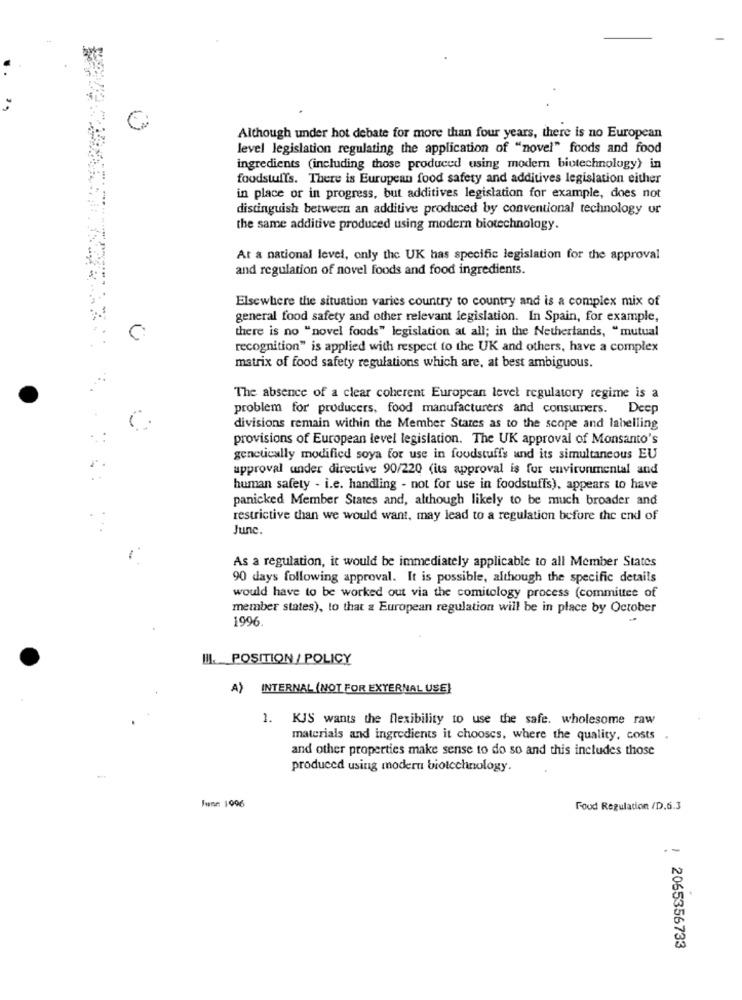
Although under hot debate for more than four years, there is no European
level legislation regulating the application of "novel" foods and food
ingredients (including those produced using modern biotechnology) in
foodstuffs. There is Eurupean food safety and additives legislation either
in place or in progress, but additives legislation for example, does not
distinguish between an additive produced by conventional technology ur
the same additive produced using modern biotechnology.
At a national level, only the UK has specific legislation for the approval
and regulation of novel foods and food ingredients.
Elsewhere the situation varies country to country and is a complex mix of
general food safety and other relevant legislation. In Spain, for example,
there is no "novel foods" legislation at all; in the Netherlands, "mutual
recognition" is applied with respect to the UK and others, have a complex
matrix of food safety regulations which are, at best ambiguous.
The absence of a clear coherent European level regulatory regime is a
problem for producers, food manufacturers and consumers. Deep
divisions remain within the Member States as to the scope and labelling
provisions of European level legislation. The UK approval of Monsanto's
genetically modified soya for use in foodstuffs and its simultaneous EU
approval under directive 90/220 (its approval is for environmental and
human safety - i.e. handling - not for use in foodstuffs), appears to have
panicked Member States and, although likely to be much broader and
restrictive than we would want, may lead to a regulation before the end of
June.
As a regulation, it would be immediately applicable to all Member States
90 days following approval. It is possible, although the specific details
would have to be worked out via the comitology process (committee of
member states), to that a European regulation will be in place by October
1996.
III. POSITION / POLICY
A) INTERNAL (NOT FOR EXTERNAL USE)
1. KJS wants the flexibility to use the safe. wholesome raw
materials and ingredients it chooses, where the quality, costs .
and other properties make sense to do so and this includes those
produced using modern biotechnology.
Fune: 1996
Food Regulation /D.6.3
: 2065356733